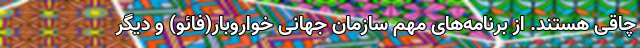
چاقی هستند. از برنامه‌های مهم سازمان جهانی خواروبار(فائو) و دیگر